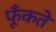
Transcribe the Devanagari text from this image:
फूँकते